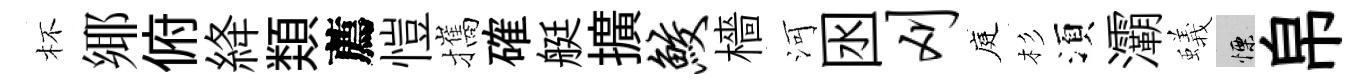
杯鄊俯絳𩔖薦愷攜確艇擴鲛檣河囦刈庭杉湏灞蟻慄帛